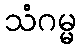
သံဂမ္မ